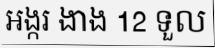
អង្ករ ងាង 12 ទួល